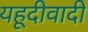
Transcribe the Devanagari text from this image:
यहूदीवादी